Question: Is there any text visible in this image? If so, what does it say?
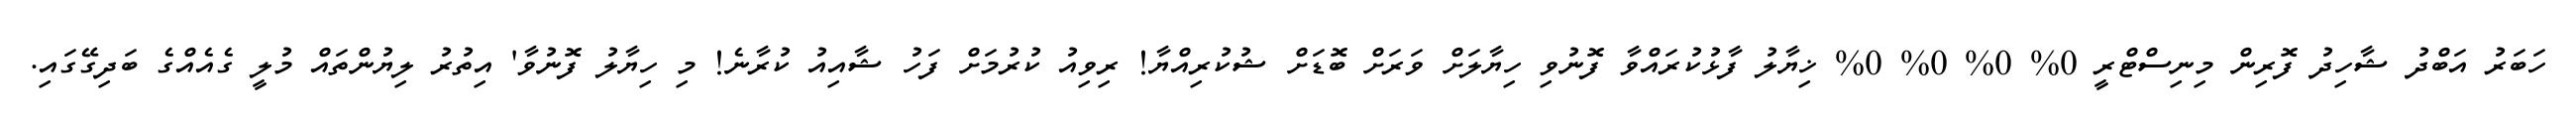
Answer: ހަބަރު އަބްދު ޝާހިދު ފޮރިން މިނިސްޓްރީ 0% 0% 0% 0% ޚިޔާލު ފާޅުކުރައްވާ ފޮނުވި ހިޔާލަށް ވަރަށް ބޮޑަށް ޝުކުރިއްޔާ! ރިވިއު ކުރުމަށް ފަހު ޝާއިއު ކުރާނެ! މި ހިޔާލު ފޮނުވާ' އިތުރު ލިޔުންތައް މުލީ ގެއެއްގެ ބަދިގޭގައި.